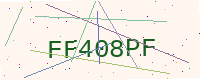
Text: FF408PF